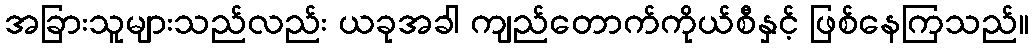
အခြားသူများသည်လည်း ယခုအခါ ကျည်တောက်ကိုယ်စီနှင့် ဖြစ်နေကြသည်။